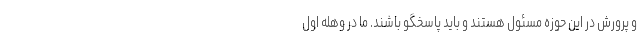
و پرورش در این حوزه مسئول هستند و باید پاسخگو باشند. ما در وهله اول